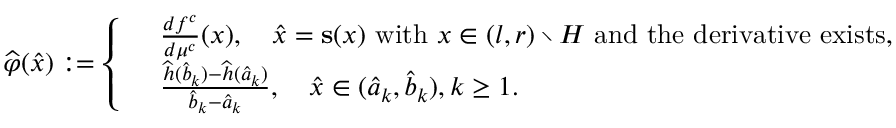
\widehat { \varphi } ( \widehat { x } ) : = \left\lbrace \begin{array} { r l } & { \frac { d f ^ { c } } { d \mu ^ { c } } ( x ) , \quad \widehat { x } = \mathbf { s } ( x ) \mathrm { ~ w i t h ~ } x \in ( l , r ) \setminus H \mathrm { ~ a n d ~ t h e ~ d e r i v a t i v e ~ e x i s t s } , } \\ & { \frac { \widehat { h } ( \widehat b _ { k } ) - \widehat { h } ( \widehat a _ { k } ) } { \widehat { b } _ { k } - \widehat { a } _ { k } } , \quad \widehat { x } \in ( \widehat { a } _ { k } , \widehat { b } _ { k } ) , k \geq 1 . } \end{array} \right.